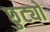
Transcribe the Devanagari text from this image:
छुट्यो